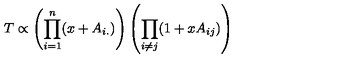
T \propto \left( \prod _ { i = 1 } ^ { n } ( x + A _ { i . } ) \right) \left( \prod _ { i \ne j } ( 1 + x A _ { i j } ) \right)